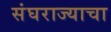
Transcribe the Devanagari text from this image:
संघराज्याचा